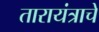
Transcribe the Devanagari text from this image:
तारायंत्राचे